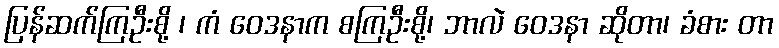
ပြန်ဆက်ကြဦးစို့ ၊ ကံ ဝေဒနာက စကြဦးစို့၊ ဘာလဲ ဝေဒနာ ဆိုတာ၊ ခံစား တာ